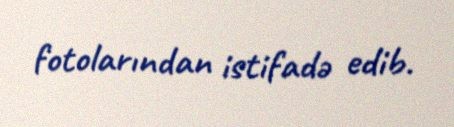
fotolarından istifadə edib.